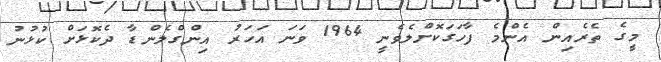
މީގެ ތެރެއިން އެންމެ ފާހަގަކޮށްލެވެނީ 1964 ވަނަ އަހަރު އިންގްލެންޑާ ދެކޮޅަށް ކުޅުނު